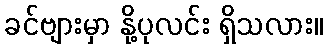
ခင်ဗျားမှာ နို့ပုလင်း ရှိသလား။